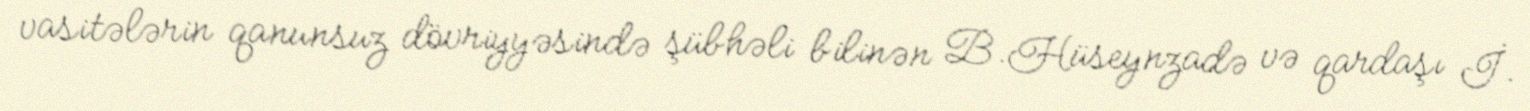
vasitələrin qanunsuz dövriyyəsində şübhəli bilinən B.Hüseynzadə və qardaşı İ.